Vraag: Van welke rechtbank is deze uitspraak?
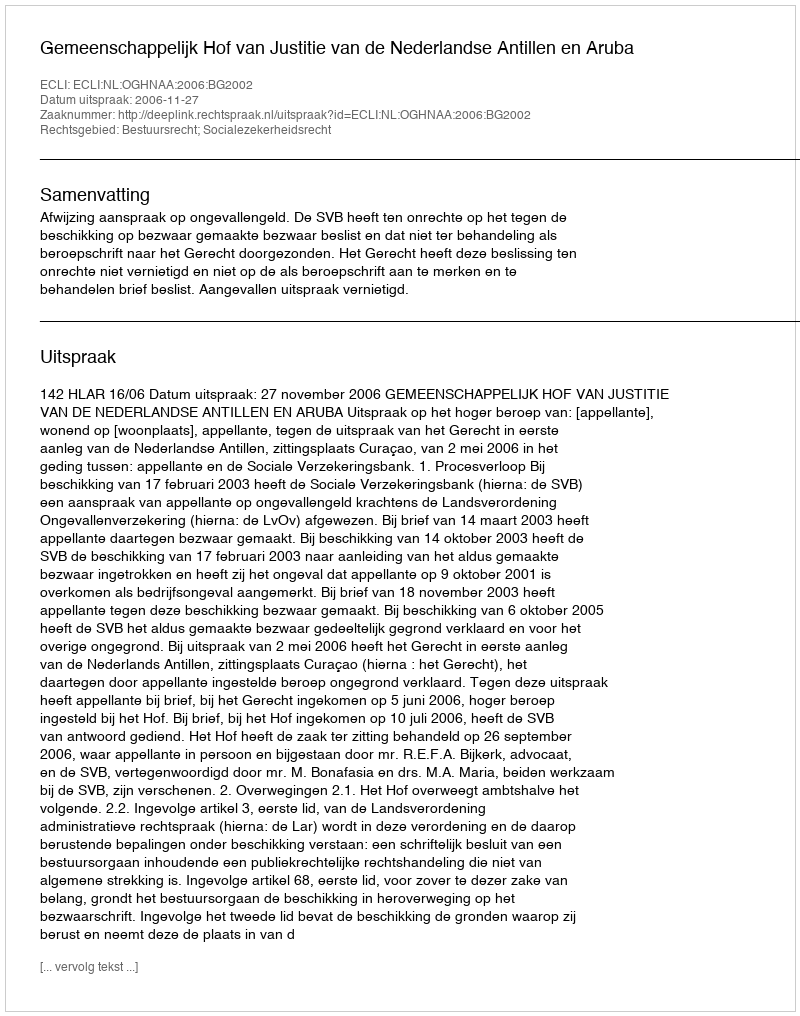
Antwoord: Gemeenschappelijk Hof van Justitie van de Nederlandse Antillen en Aruba